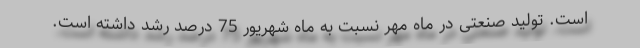
است. تولید صنعتی در ماه مهر نسبت به ماه شهریور 75 درصد رشد داشته است.